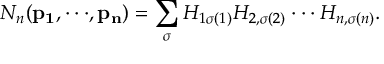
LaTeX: N _ { n } ( { \bf p _ { 1 } } , \cdot \cdot \cdot , { \bf p _ { n } } ) = \sum _ { \sigma } H _ { 1 \sigma ( 1 ) } H _ { 2 , \sigma ( 2 ) } \cdot \cdot \cdot H _ { n , \sigma ( n ) } .